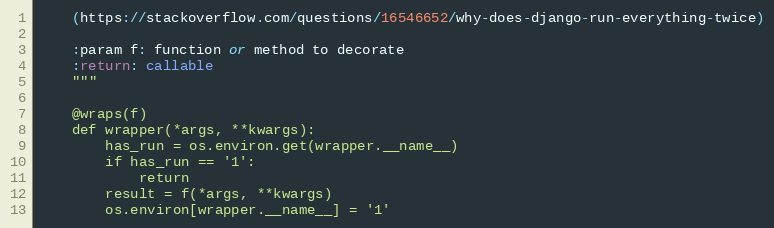
Language: Python
    (https://stackoverflow.com/questions/16546652/why-does-django-run-everything-twice)

    :param f: function or method to decorate
    :return: callable
    """

    @wraps(f)
    def wrapper(*args, **kwargs):
        has_run = os.environ.get(wrapper.__name__)
        if has_run == '1':
            return
        result = f(*args, **kwargs)
        os.environ[wrapper.__name__] = '1'